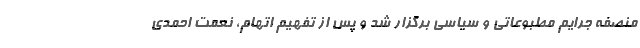
منصفه جرایم مطبوعاتی و سیاسی برگزار شد و پس از تفهیم اتهام، نعمت احمدی